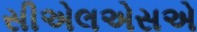
સીએલએસએ